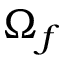
\Omega _ { f }